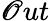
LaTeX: \mathscr{O}ut